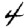
Digit: 4